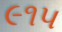
૯૧૫